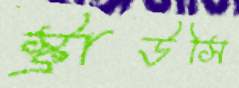
স্ট্রাউসি